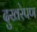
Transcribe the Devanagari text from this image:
दुखरेपण